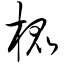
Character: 棍